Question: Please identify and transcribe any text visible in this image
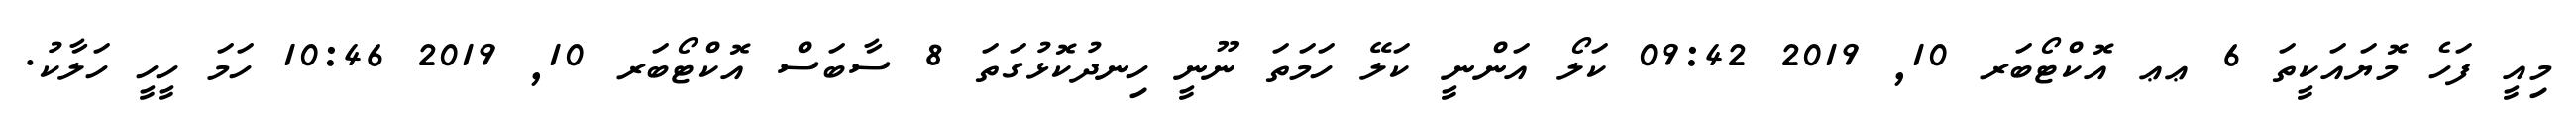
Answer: މިއީ ފަހެ މޮޔައަކީތަ 6 ޢޢ އޮކްޓޯބަރ 10, 2019 09:42 ކަލޯ އަންނީ ކަލޭ ހަމަތަ ނޫނީ ހިނދުކޮޅުގަތަ 8 ސާބަސް އޮކްޓޯބަރ 10, 2019 10:46 ހަމަ ހީހީ ހަލާކު.